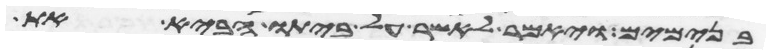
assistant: בנימים ויאמר לאשר על ביתו הבא את